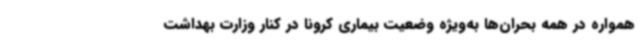
همواره در همه بحران‌ها به‌ویژه وضعیت بیماری کرونا در کنار وزارت بهداشت